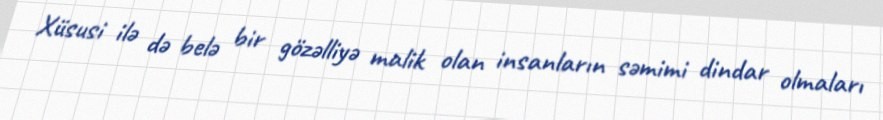
Xüsusi ilə də belə bir gözəlliyə malik olan insanların səmimi dindar olmaları